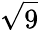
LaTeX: \sqrt{9}